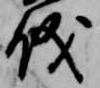
儀